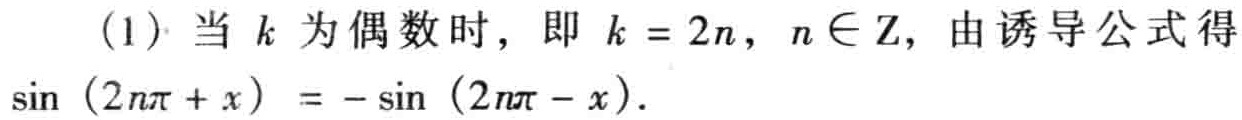
(1) 当 \(k\) 为偶数时，即 \(k = 2n\)，\(n\in\mathbb{Z}\)，由诱导公式得
\(\sin(2n\pi + x)=-\sin(2n\pi - x)\)。